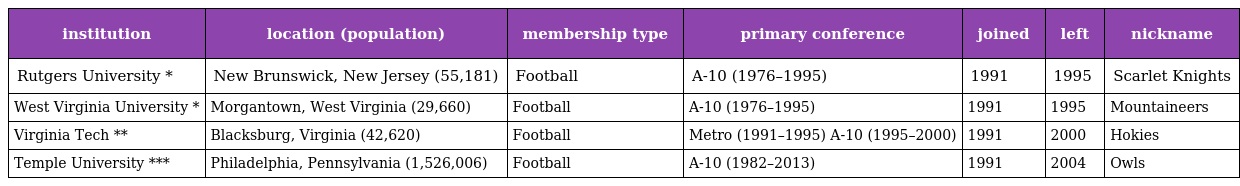
| institution | location (population) | membership type | primary conference | joined | left | nickname |
 | --- | --- | --- | --- | --- | --- | --- |
 | Rutgers University * | New Brunswick, New Jersey (55,181) | Football | A-10 (1976–1995) | 1991 | 1995 | Scarlet Knights |
 | West Virginia University * | Morgantown, West Virginia (29,660) | Football | A-10 (1976–1995) | 1991 | 1995 | Mountaineers |
 | Virginia Tech ** | Blacksburg, Virginia (42,620) | Football | Metro (1991–1995) A-10 (1995–2000) | 1991 | 2000 | Hokies |
 | Temple University *** | Philadelphia, Pennsylvania (1,526,006) | Football | A-10 (1982–2013) | 1991 | 2004 | Owls |